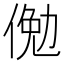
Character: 𬾲